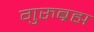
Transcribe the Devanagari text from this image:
गुरुब्रह्म